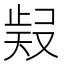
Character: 𭭧